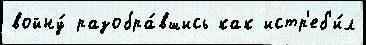
войну́ разобра́вшись как истр'еб'и́л